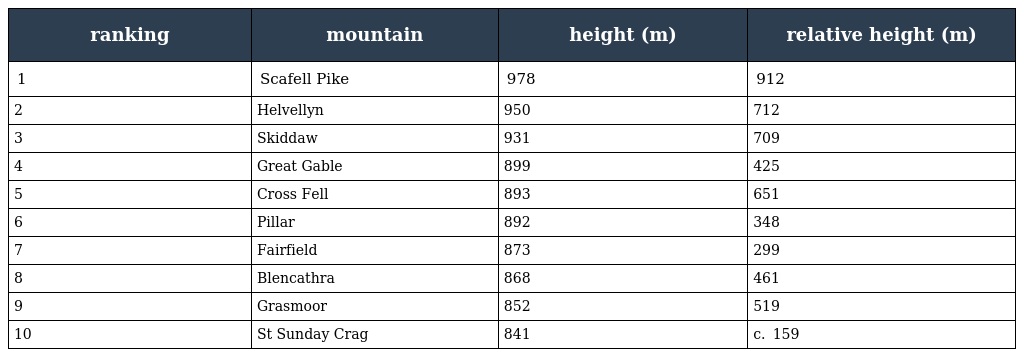
| ranking | mountain | height (m) | relative height (m) |
 | --- | --- | --- | --- |
 | 1 | Scafell Pike | 978 | 912 |
 | 2 | Helvellyn | 950 | 712 |
 | 3 | Skiddaw | 931 | 709 |
 | 4 | Great Gable | 899 | 425 |
 | 5 | Cross Fell | 893 | 651 |
 | 6 | Pillar | 892 | 348 |
 | 7 | Fairfield | 873 | 299 |
 | 8 | Blencathra | 868 | 461 |
 | 9 | Grasmoor | 852 | 519 |
 | 10 | St Sunday Crag | 841 | c.  159 |